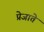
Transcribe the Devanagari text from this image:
प्रेजाते